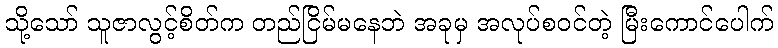
သို့သော် သူဇာလွင့်စိတ်က တည်ငြိမ်မနေဘဲ အခုမှ အလုပ်စဝင်တဲ့ မြီးကောင်ပေါက်